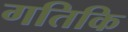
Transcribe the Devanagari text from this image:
गतिकि